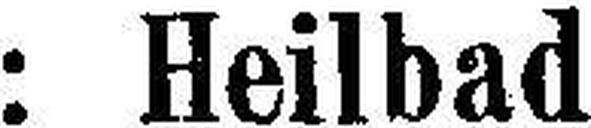
: Heilbad